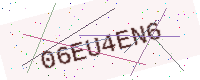
Text: 06EU4EN6